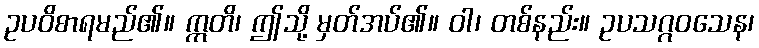
ဥပဝိစာရမည်၏။ ဣတိ၊ ဤသို့ မှတ်အပ်၏။ ဝါ၊ တစ်နည်း။ ဥပသဂ္ဂဝသေန၊